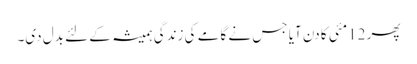
پھر 12مئی کا دن آیا جس نے گامے کی زندگی ہمیشہ کے لئے بدل دی۔